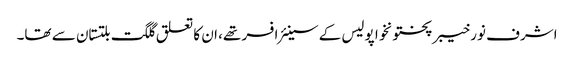
اشرف نور خیبرپختونخوا پولیس کے سینئر افسر تھے، ان کا تعلق گلگت بلتستان سے تھا۔